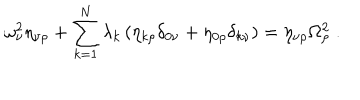
\omega _ { \nu } ^ { 2 } \eta _ { \nu \rho } + \sum _ { k = 1 } ^ { N } \lambda _ { k } \left( \eta _ { k \rho } \delta _ { 0 \nu } + \eta _ { 0 \rho } \delta _ { k \nu } \right) = \eta _ { \nu \rho } \Omega _ { \rho } ^ { 2 } \; .